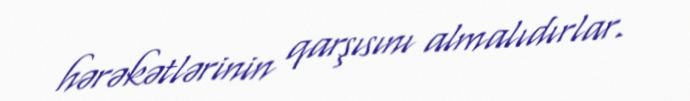
hərəkətlərinin qarşısını almalıdırlar.